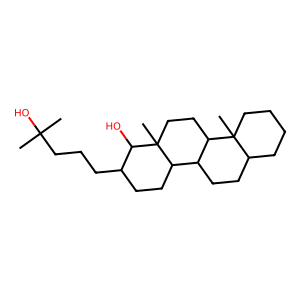
SMILES: CC(C)(O)CCCC1CCC2C3CCC4CCCCC4(C)C3CCC2(C)C1O
Inhibits HIV replication: No